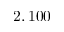
2 , 1 0 0